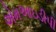
એમઆઇડીપી